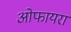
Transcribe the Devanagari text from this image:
ओफायरा